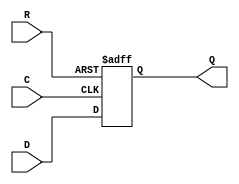
module _DFF_NN0_(D, Q, C, R);
input D, C, R;
output reg Q;
always @(negedge C or negedge R) begin
	if (R == 0)
		Q <= 0;
	else
		Q <= D;
end
endmodule